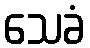
သေခံ